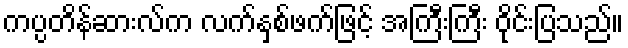
ကပ္ပတိန်ဆားလ်က လက်နှစ်ဖက်ဖြင့် အကြီးကြီး ဝိုင်းပြသည်။